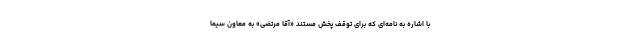
با اشاره به نامه‌ای که برای توقف پخش مستند «آقا مرتضی» به معاون سیما